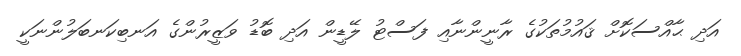
އަދި ޙާއްސަކޮށް ޤައުމުތަކުގެ ރާނީންނާއި ފަސްޓު ލޭޑީން އަދި ބޮޑު ވަޒީރުންގެ އަނބިކަނބަލުންނަކީ